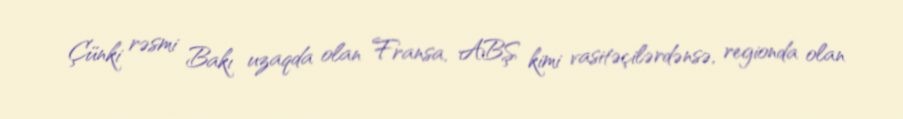
Çünki rəsmi Bakı uzaqda olan Fransa, ABŞ kimi vasitəçilərdənsə, regionda olan